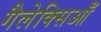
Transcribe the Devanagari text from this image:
गैलेक्सिआँ